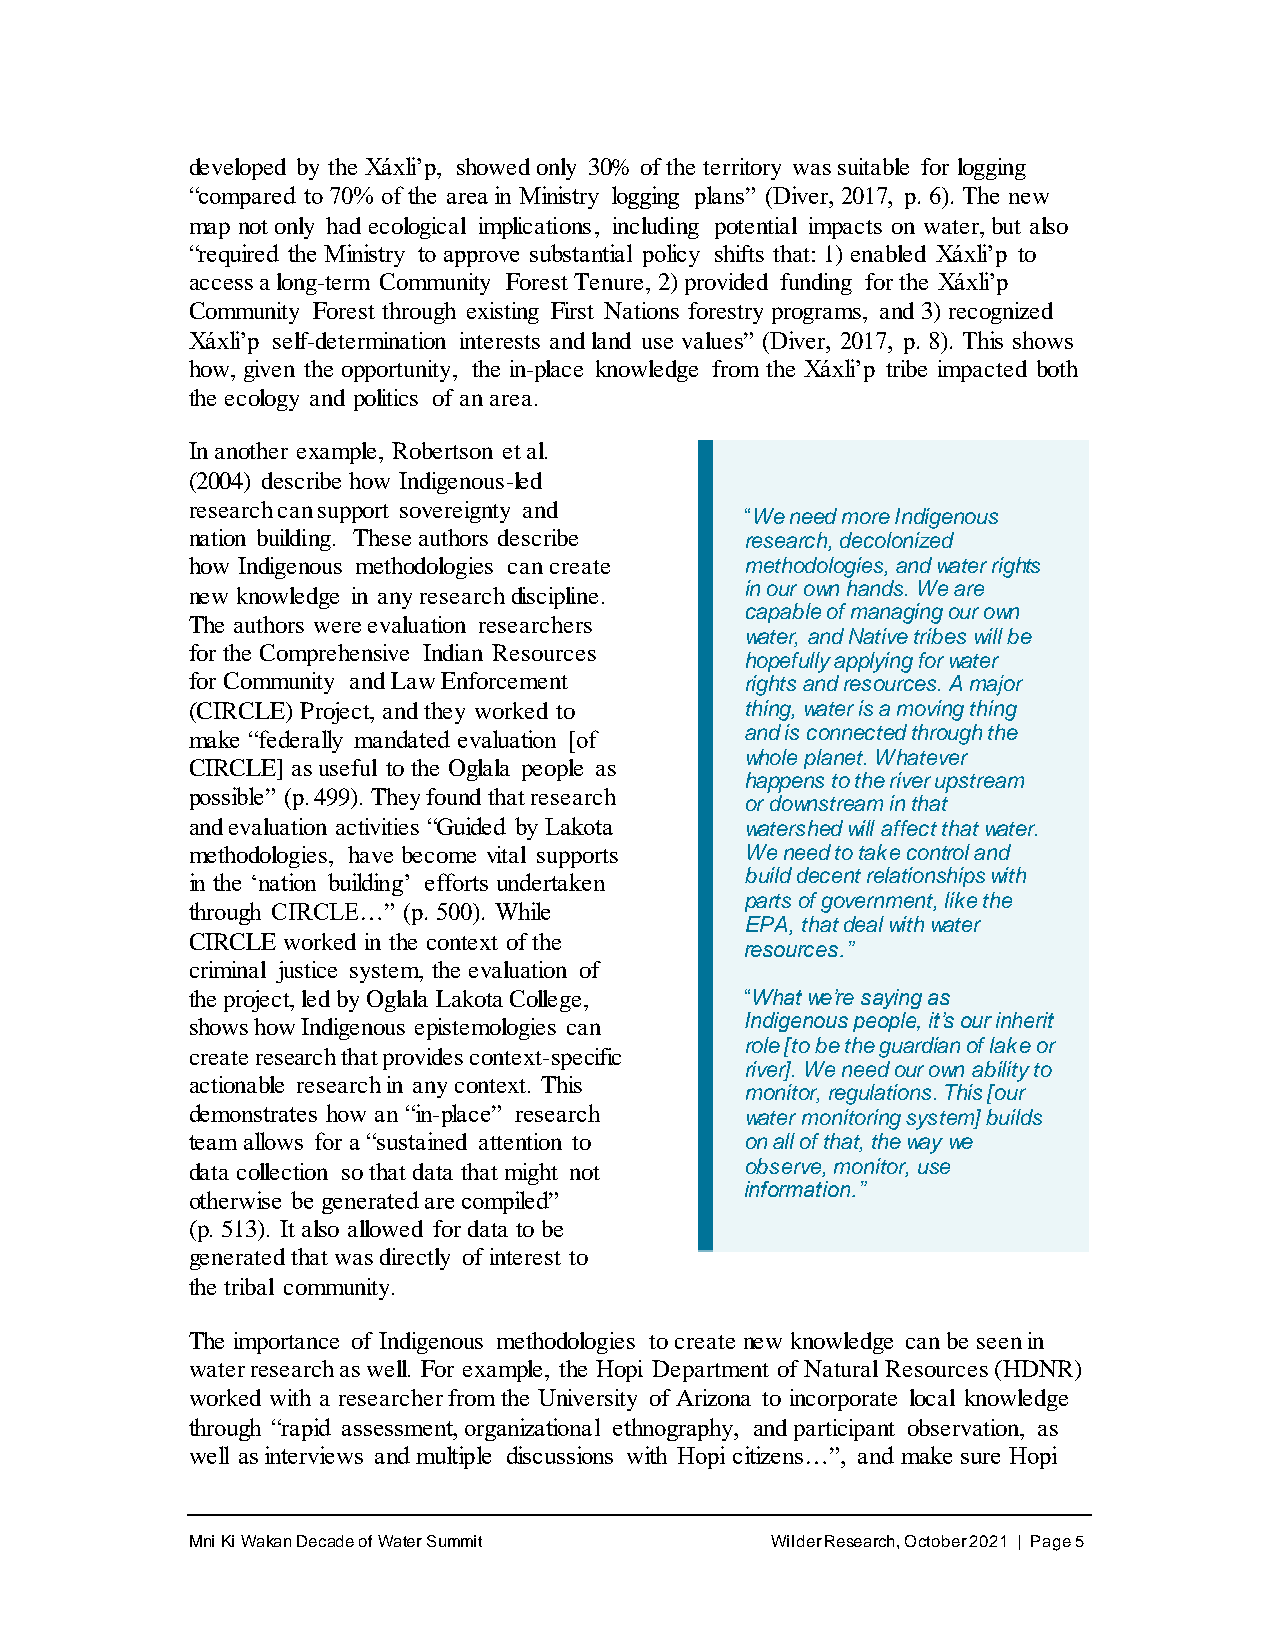
developed by the Xáxli’p, showed only 30% of the territory was suitable for logging
 “compared to 70% of the area in Ministry logging plans” (Diver, 2017, p. 6). The new
 map not only had ecological implications, including potential impacts on water, but also
 “required the Ministry to approve substantial policy shifts that: 1) enabled Xáxli’p to
 access a long-term Community Forest Tenure, 2) provided funding for the Xáxli’p
 Community Forest through existing First Nations forestry programs, and 3) recognized
 Xáxli’p self-determination interests and land use values” (Diver, 2017, p. 8). This shows
 how, given the opportunity, the in-place knowledge from the Xáxli’p tribe impacted both
 the ecology and politics of an area.
 In another example, Robertson et al.
 (2004) describe how Indigenous-led
 research can support sovereignty and
 “We need more Indigenous
 nation building. These authors describe research, decolonized
 how Indigenous methodologies can create methodologies, and water rights
 new knowledge in any research discipline. in our own hands. We are
 capable of managing our own
 The authors were evaluation researchers
 water, and Native tribes will be
 for the Comprehensive Indian Resources
 hopefully applying for water
 for Community and Law Enforcement    rights and resources. A major
 (CIRCLE) Project, and they worked to thing, water is a moving thing
 make “federally mandated evaluation [of and is connected through the
 whole planet. Whatever
 CIRCLE] as useful to the Oglala people as
 happens to the river upstream
 possible” (p. 499). They found that research
 or downstream in that
 and evaluation activities “Guided by Lakota watershed will affect that water.
 methodologies, have become vital supports We need to take control and
 in the ‘nation building’ efforts undertaken build decent relationships with
 parts of government, like the
 through CIRCLE…” (p. 500). While
 EPA, that deal with water
 CIRCLE worked in the context of the
 resources.”
 criminal justice system, the evaluation of
 the project, led by Oglala Lakota College, “What we’re saying as
 shows how Indigenous epistemologies can Indigenous people, it’s our inherit
 role [to be the guardian of lake or
 create research that provides context-specific
 river]. We need our own ability to
 actionable research in any context. This
 monitor, regulations. This [our
 demonstrates how an “in-place” research water monitoring system] builds
 team allows for a “sustained attention to on all of that, the way we
 data collection so that data that might not observe, monitor, use
 information.”
 otherwise be generated are compiled”
 (p. 513). It also allowed for data to be
 generated that was directly of interest to
 the tribal community.
 The importance of Indigenous methodologies to create new knowledge can be seen in
 water research as well. For example, the Hopi Department of Natural Resources (HDNR)
 worked with a researcher from the University of Arizona to incorporate local knowledge
 through “rapid assessment, organizational ethnography, and participant observation, as
 well as interviews and multiple discussions with Hopi citizens…”, and make sure Hopi
 Mni Ki Wakan Decade of Water Summit    Wilder Research, October 2021 | Page 5